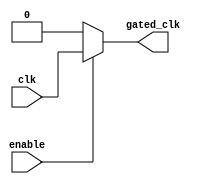
module clock_gating_cell (
    input wire clk,          // Global clock input
    input wire enable,       // Clock enable signal
    output wire gated_clk    // Gated clock output
);
    assign gated_clk = enable ? clk : 1'b0; // Gated clock logic
endmodule